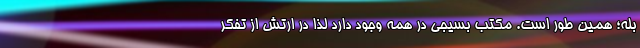
بله؛ همین طور است. مکتب بسیجی در همه وجود دارد لذا در ارتش از تفکر